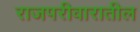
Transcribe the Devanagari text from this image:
राजपरीवारातील